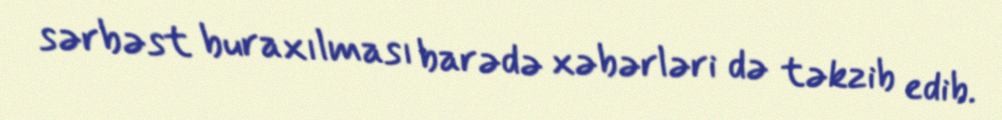
sərbəst buraxılması barədə xəbərləri də təkzib edib.